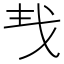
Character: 𢦒